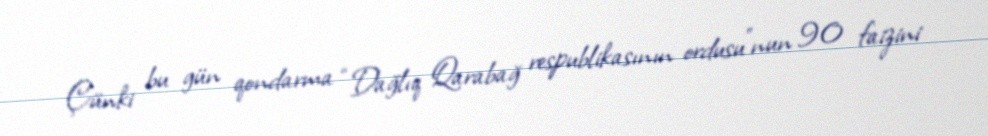
Çünki bu gün qondarma “Dağlıq Qarabağ respublikasının ordusu”nun 90 faizini